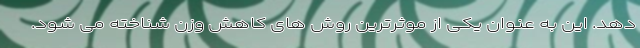
دهد. این به عنوان یکی از موثرترین روش های کاهش وزن شناخته می شود.